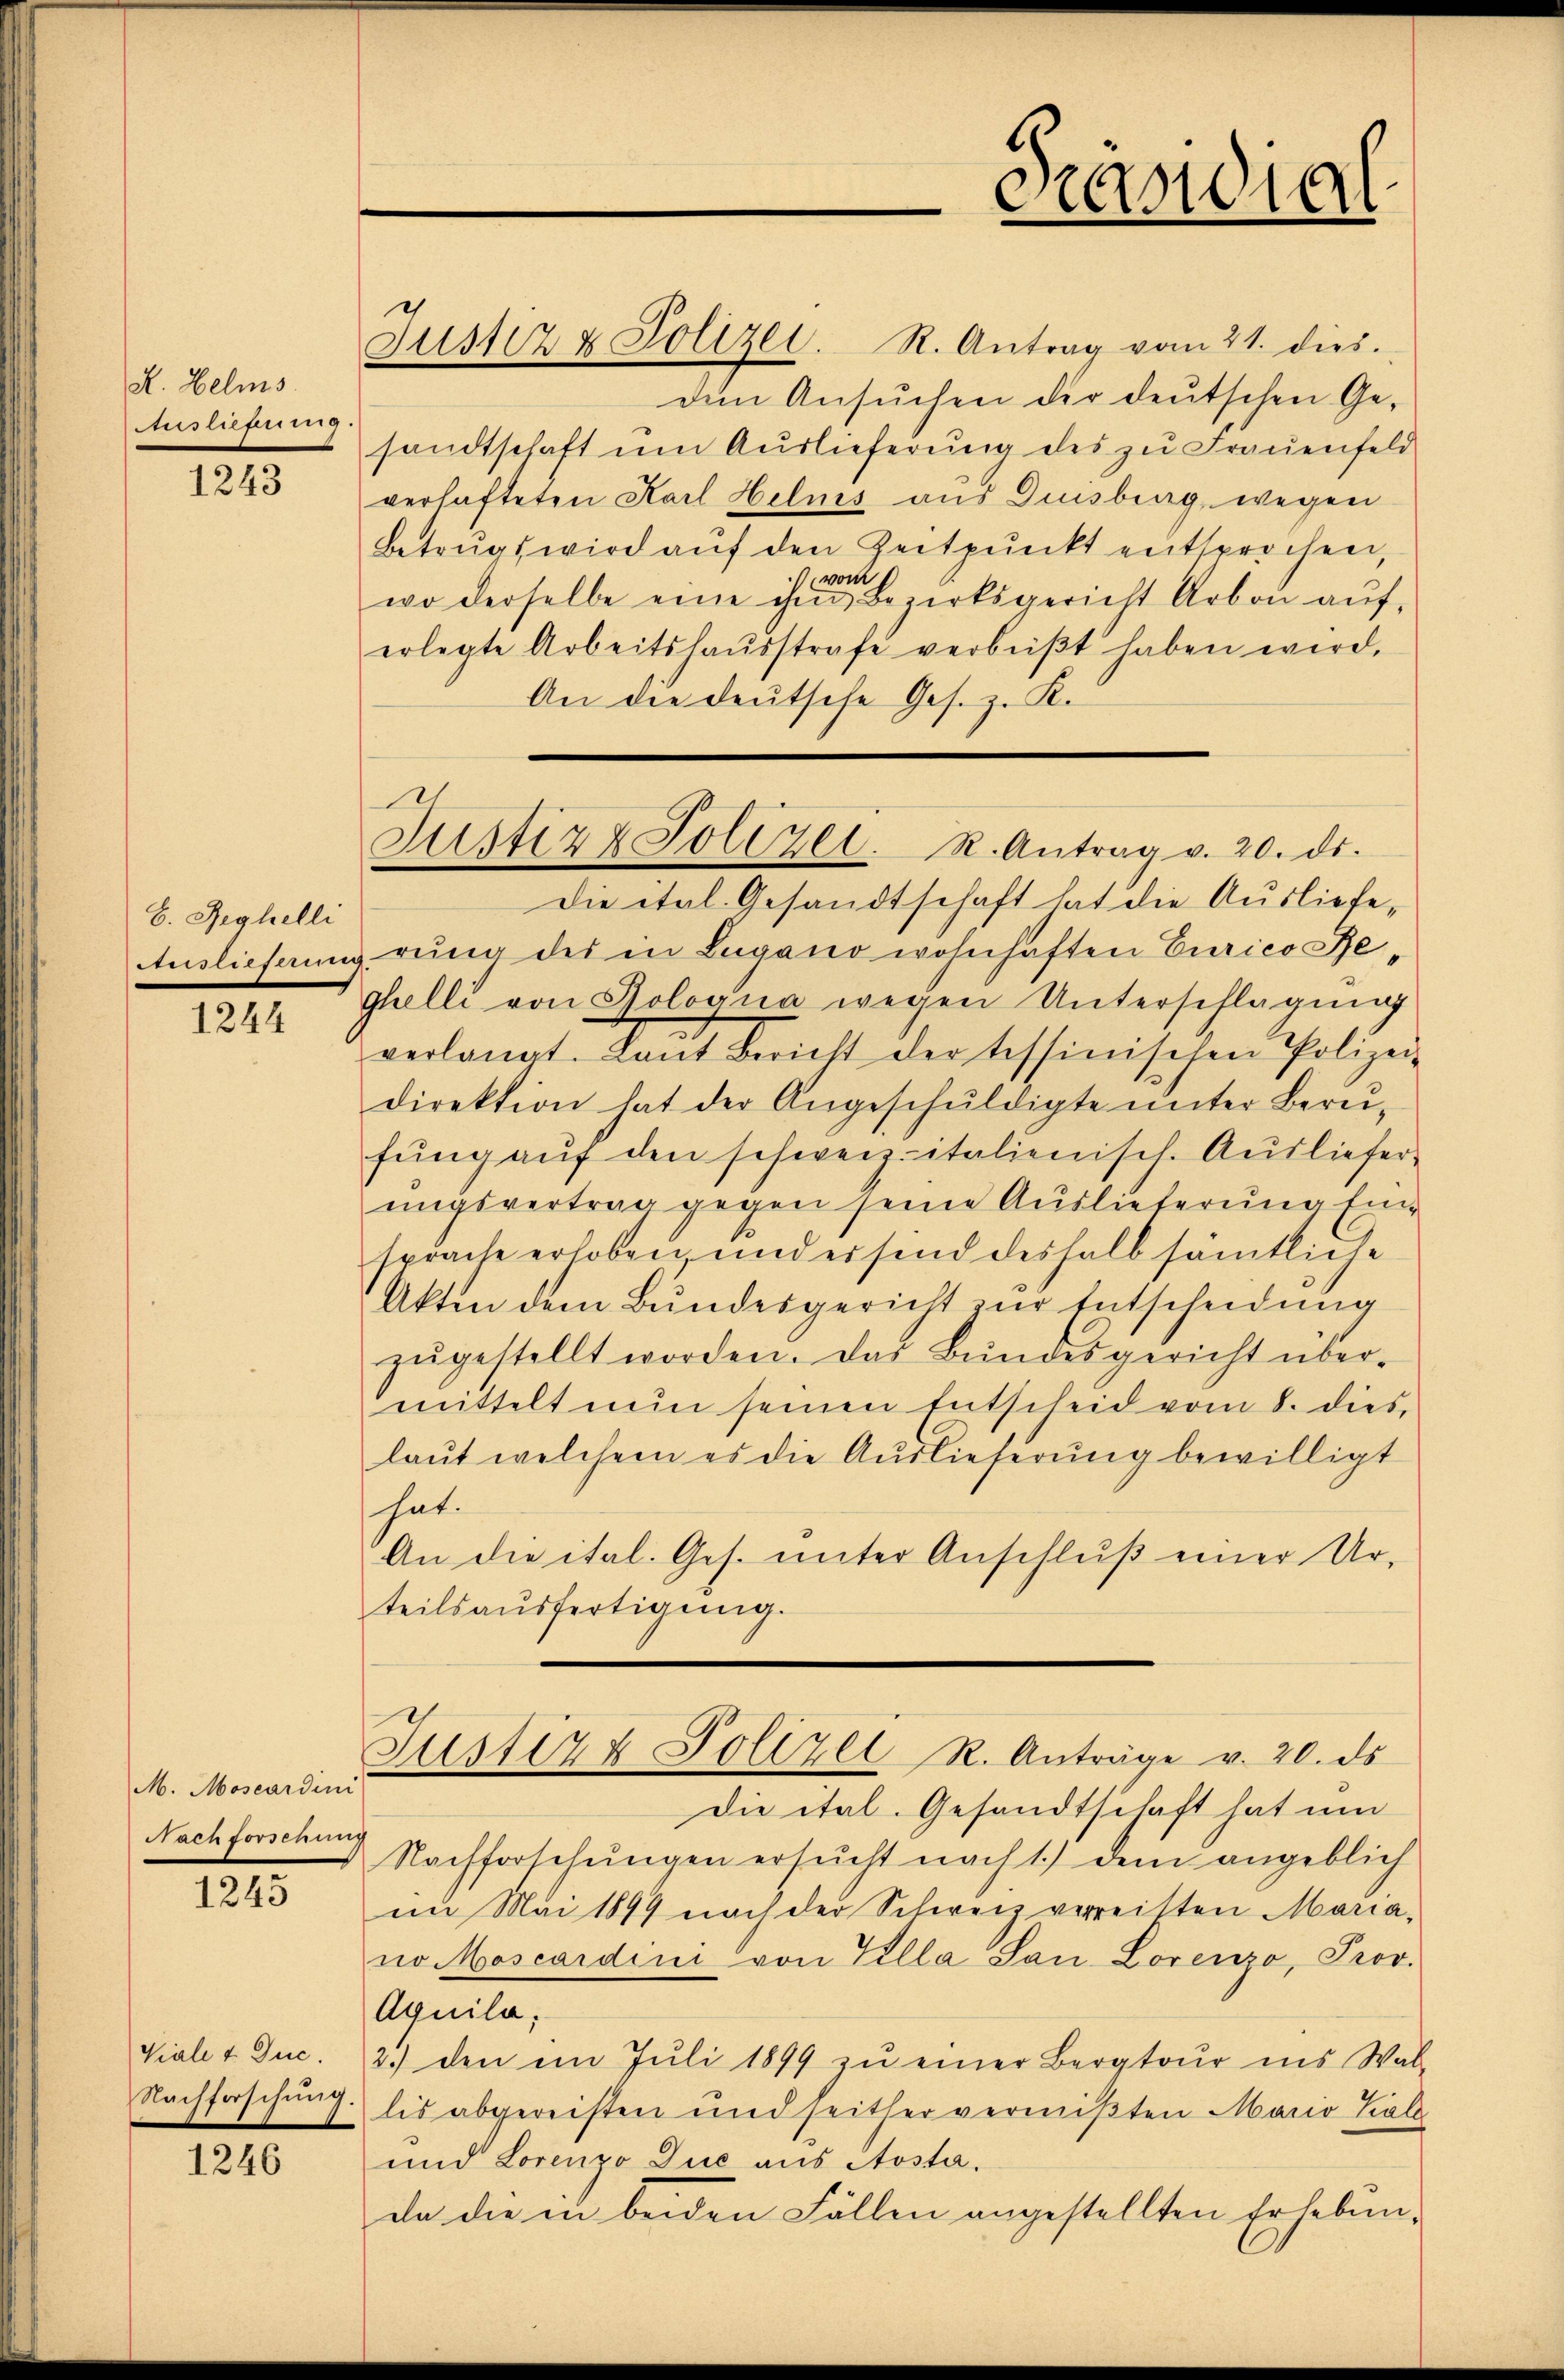
R. Helms
Ausliefung.

1243

H. Reghelli

1244

M. Moscardini
Nachforschung

1243

1246

Justiz & Polizei. R. Antrag vom 21. dies.
din Ansŭchen der deutschen Ge-
sandtschaft um Auslieferung des zu Frauenfeld
verhafteten Karl Helnes aus Dinsberg wegen
Betrugs wird aŭf den Zeitpunkt entsprochen,
vom 1
wo derselbe eine ihm Bezirksgericht Arbon aŭf-
erlegte Arbeitshaŭsstrafe verbrβt haben wird.
An die deutsche Ges. z. K.
Die etal. Gesandtschaft hat die Ausliefe,
Auslieferung rung des in Lugano wohnhaften Curico Beghelli von Bologna wegen Unterschlagung
verlangt. Laut Bericht der tessinischen Polizei-
direktion hat der Angeschŭldigte ŭnter Berŭ-
fŭng aŭf den schweiz. italienisch. Ausliefer
ungsvertrag gegen seine Auslieferung Einsprache erhoben, und er sind deshalb sämtliche
Akten dem Bundesgericht zur Entscheidung
zŭgestellt worden. Das Bundesgericht über-
mittelt nun seinen Entscheid vom 8. dies
laŭt welchem es die Auslieferŭng bewilligt
hat.
An die ital. Ges. unter Anschlŭβ einer Ur-
teilsaŭsfertigŭng.

Viale 2 Duc.
Nachforschung.

Präsidial

1
Justiz & Polizei. R. Antrag v. 20. ds.

Justiz & Polizei R. Anträge v. 20. ds

Die ital. Gesandtschaft hat um
Nachforschŭngen ersŭcht nach 1.) dem angeblich
im Mai 1899 nach der Schweiz verreitten Maria-
no Moscardini von Villa San Lorenzo, Prov.
Aquila;
2.) den im Juli 1899 zŭ einer Bergtour ins Wal-
lis abgereisten und seither vermißten Maria Kale
und Lorenzo Duc aus Aosta.
da die in beiden Fällen angestellten Erhebun¬